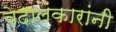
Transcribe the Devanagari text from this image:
वेदालंकारांनी